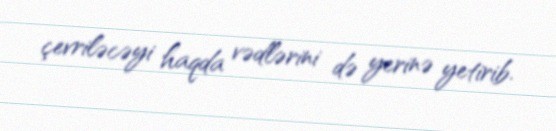
çevriləcəyi haqda vədlərini də yerinə yetirib.